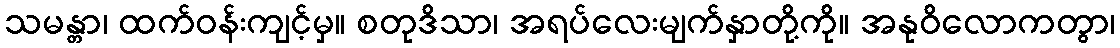
သမန္တာ၊ ထက်ဝန်းကျင့်မှ။ စတုဒိသာ၊ အရပ်လေးမျက်နှာတို့ကို။ အနုဝိလောကတွာ၊